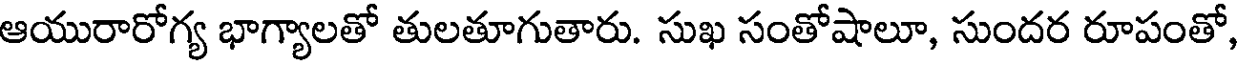
ఆయురారోగ్య భాగ్యాలతో తులతూగుతారు. సుఖ సంతోషాలూ, సుందర రూపంతో,